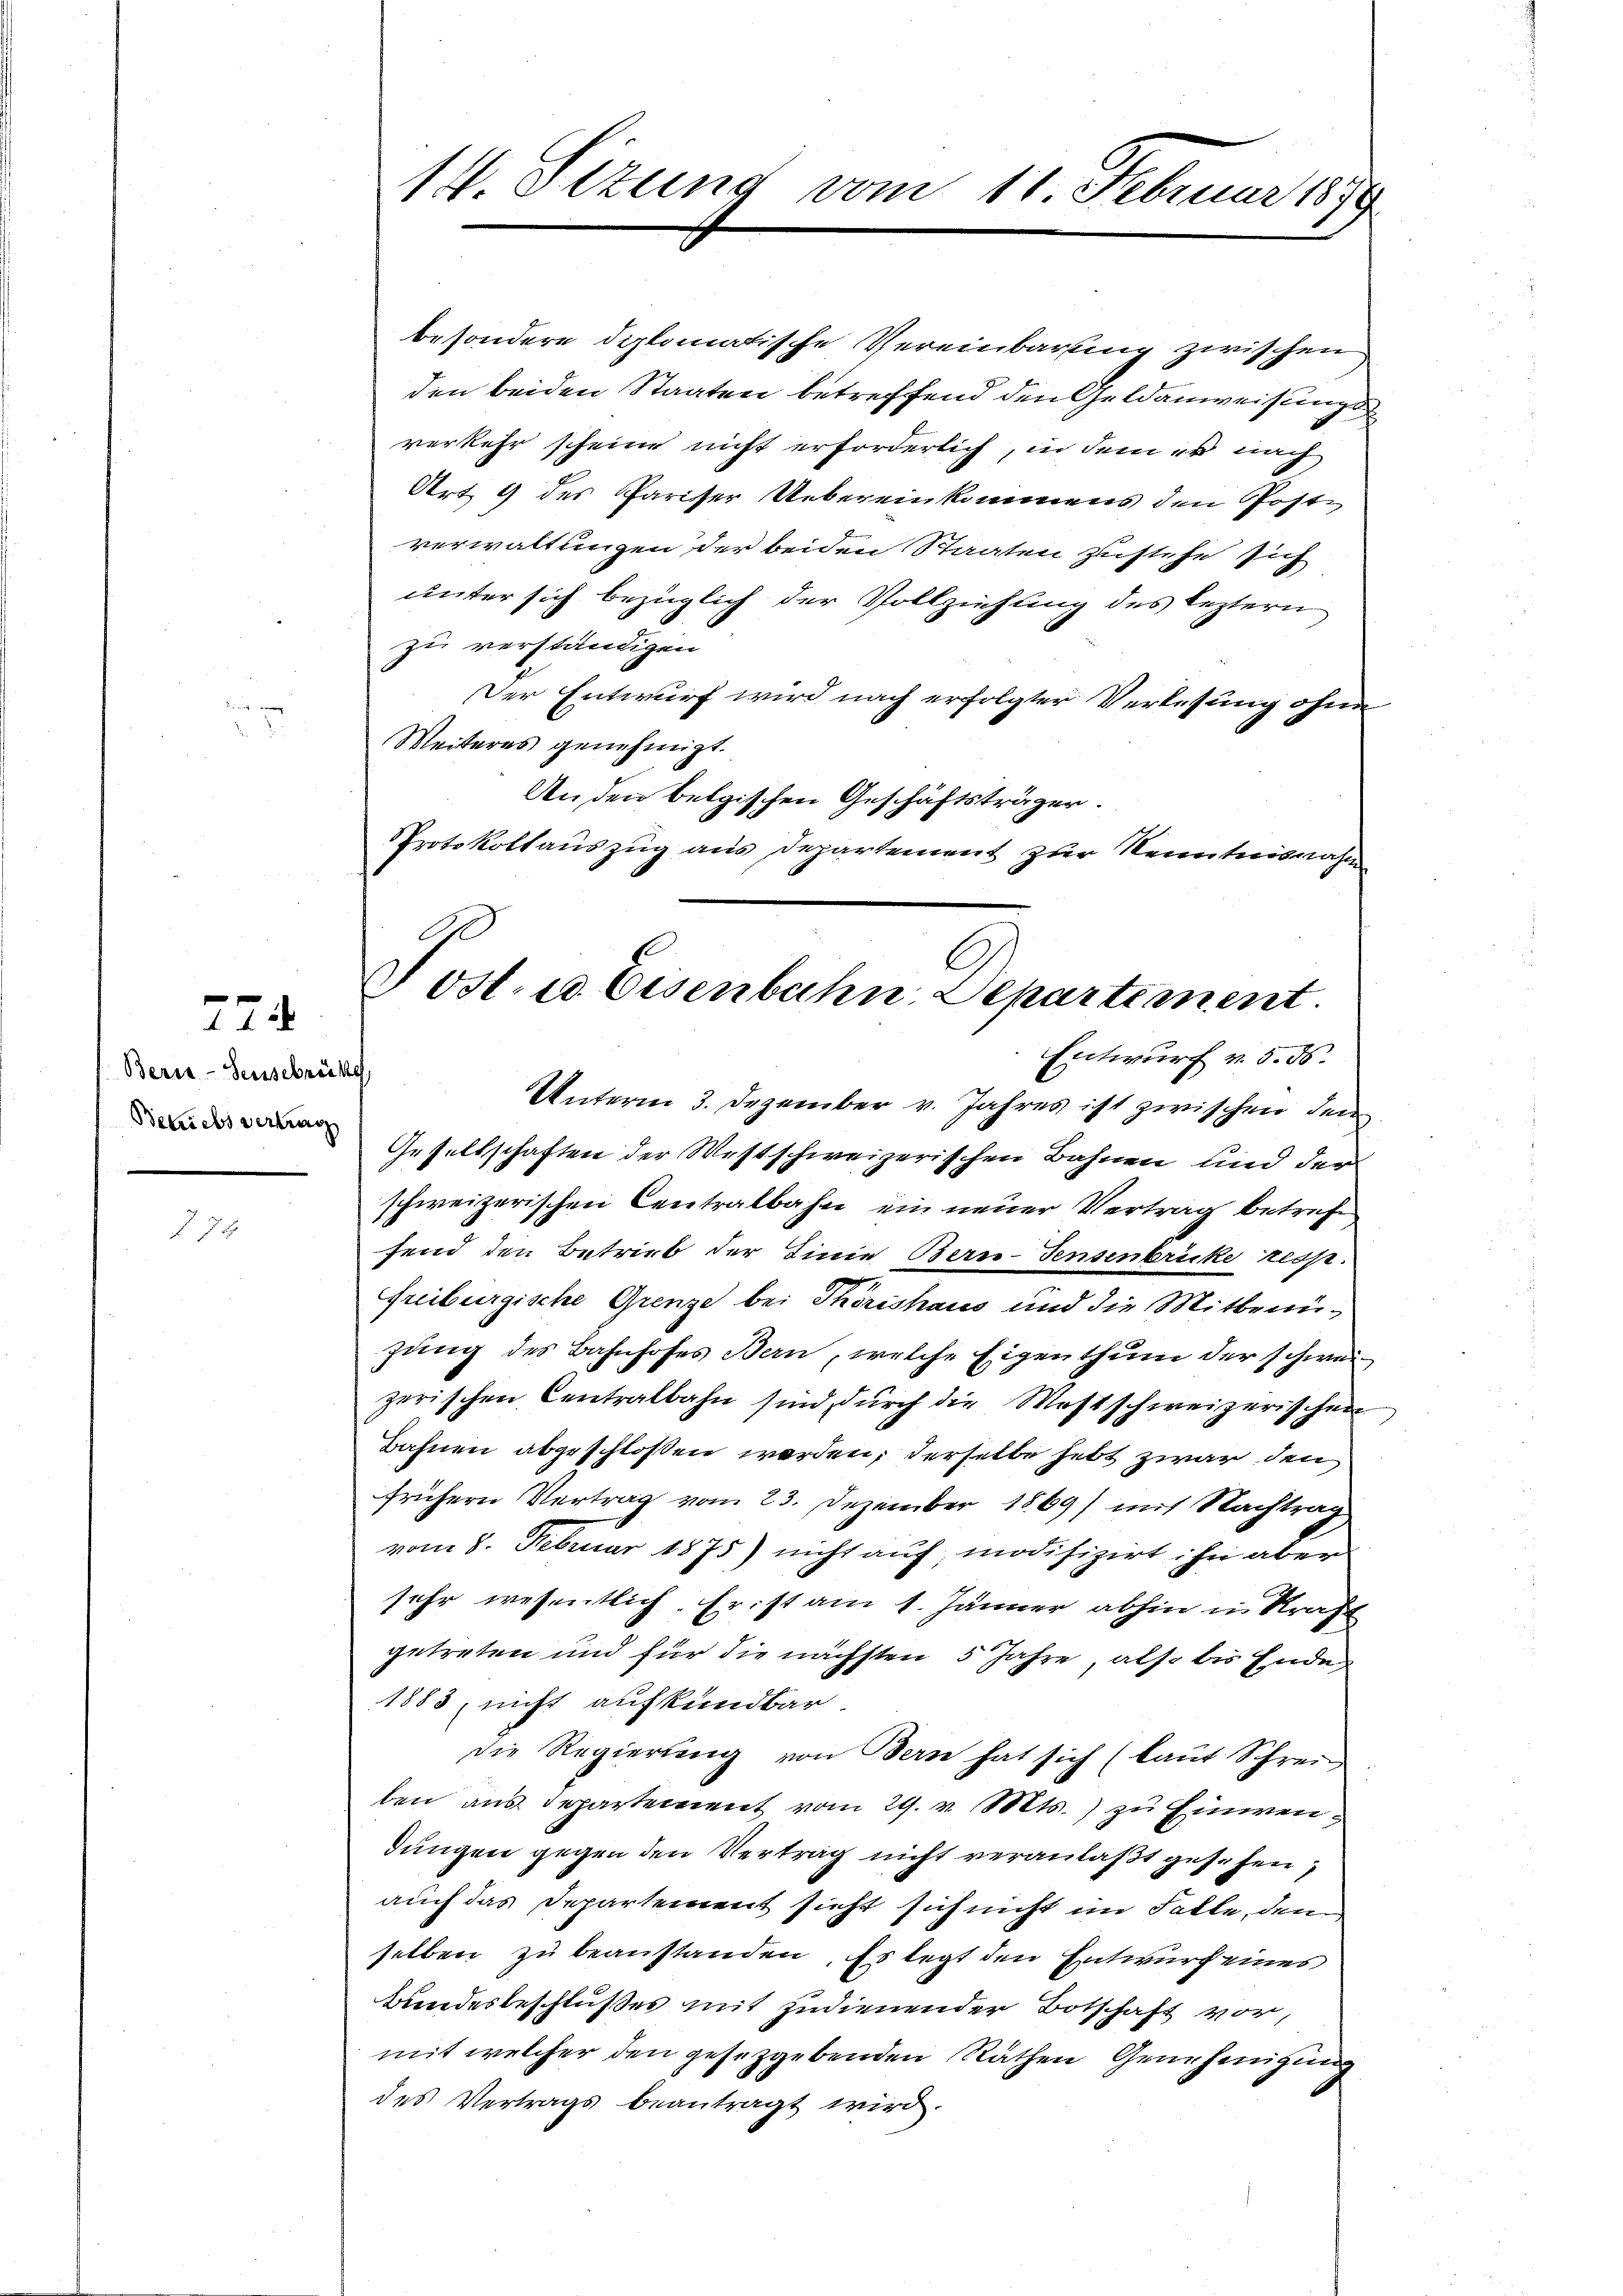
774

224

Berie-Seusebrüke
Beliebs vertrag

14. Sizung vom 11 Februar 1879

PProtokollauszug aus Departement zur Kenntnisnahme
Post. a Eisenbahn, Departement.
Entwurf v. 5. ds.

besondere diplomatische Vereinbarung zwischen
den beiden Staaten betreffend den Geldanweisungsverkehr scheine nicht erforderlich, in dem er nach
Art. 9 des Pariser Uebereinkommens den Poste
verwaltungen der beiden Staaten zustehe sich
unter sich bezüglich der Vollziehung des leztern
zu verständigen
Der Entwurf wird nach erfolgter Verlesung ohne
Weiteres genehmigt.
An den belgischen Geschäftsträgen.
Unterm 3. Dezember v. Jahres ist zwischen den
Gesellschaften der Westschweizerischen Bahnen und der
schweizerischen Centralbahn ein neuer Vertrag betrefe
fend den Betrieb der Linie Bern-Tensenbrücke resp.
Freiburgische Grenze bei Thörishaus und die Mitbenügung des Bahnhofes Bern, welche Eigenthum der schweizerischen Centralbahn sind durch die Westschweizerischen
Bahnen abgeschloßen werden, derselbe hebt zwar den
frühern Vertrag vom 23. Dezember 1869) mit Nachtrag
vom 8. Februar 1875) nicht auf modifizirt ihn aber
sehr wesentlich. Er ist am 1. Jänner abhin in Kraft
getreten und für die nächsten 5 Jahre, also bis Ende
1883, nicht aufkündbar.
die Regierung von Bern hat sich (laut Schrei
ben aus Departement vom 29. v. Mts. zu Einwendungen gegen den Vertrag nicht veranlaßt gesehen,
auch das Departement sieht sich nicht im Falle, den
selben zu beanstanden. Es legt den Entwurf eines
Bundesbeschlußes mit zudienender Botschaft vor,
mit welcher den gesetzgebenden Räthen Genehmigung
des Vertrags beantragt wird.